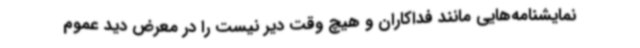
نمایشنامه‌هایی مانند فداکاران و هیچ وقت دیر نیست را در معرض دید عموم